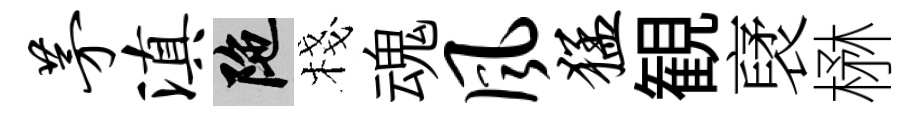
茅滇陀棧魂风猛観裦楙